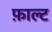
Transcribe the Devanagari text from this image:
फ़ाल्ट